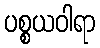
ပစ္စယဝါရာ